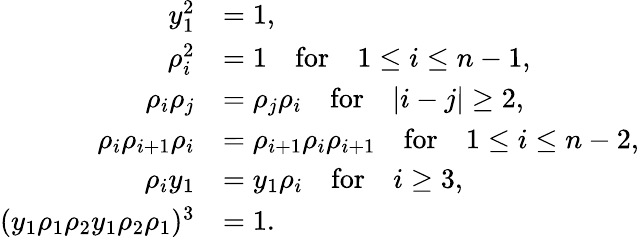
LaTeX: \begin{array}{rl}{y_{1}^{2}}&{=1,}\\ {\rho_{i}^{2}}&{=1\quad\textrm{for}\quad 1\le i\le n-1,}\\ {\rho_{i}\rho_{j}}&{=\rho_{j}\rho_{i}\quad\textrm{for}\quad|i-j|\geq 2,}\\ {\rho_{i}\rho_{i+1}\rho_{i}}&{=\rho_{i+1}\rho_{i}\rho_{i+1}\quad\textrm{for}\quad 1\le i\le n-2,}\\ {\rho_{i}y_{1}}&{=y_{1}\rho_{i}\quad\textrm{for}\quad i\geq 3,}\\ {(y_{1}\rho_{1}\rho_{2}y_{1}\rho_{2}\rho_{1})^{3}}&{=1.}\end{array}